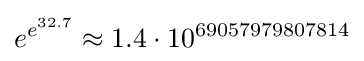
e^{e^{32.7}}\approx 1.4\cdot 10^{69057979807814}